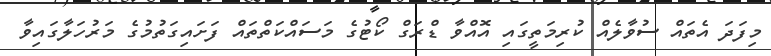
މިފަދަ އެތައް ސުވާލެއް ކުރިމަތީގައި އޮއްވާ ޑްރަގް ކޯޓުގެ މަސައްކަތްތައް ފަށައިގަތުމުގެ މަރުހަލާގައިވާ